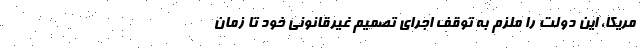
مریکا، این دولت را ملزم به توقف اجرای تصمیم غیرقانونی خود تا زمان